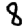
Digit: 8